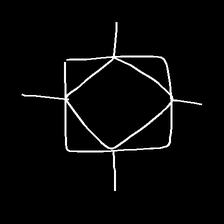
Glyph: light